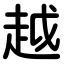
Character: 越